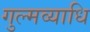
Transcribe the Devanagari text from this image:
गुल्मव्याधि